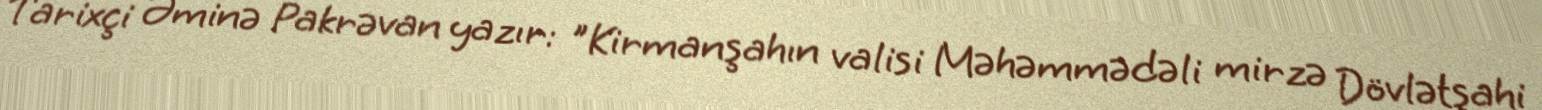
Tarixçi Əminə Pakrəvan yazır: "Kirmanşahın valisi Məhəmmədəli mirzə Dövlətşahi